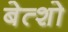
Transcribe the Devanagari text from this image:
बेत्शो